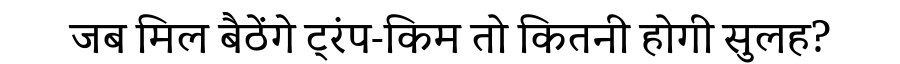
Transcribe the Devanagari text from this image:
जब मिल बैठेंगे ट्रंप-किम तो कितनी होगी सुलह?